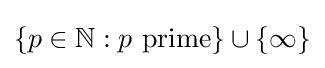
\{p\in \mathbb {N} :p{\text{ prime}}\}\cup \{\infty \}